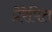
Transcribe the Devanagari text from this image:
प्रेरेपित